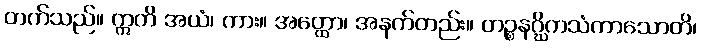
တက်သည်။ ဣတိ အယံ၊ ကား။ အတ္ထော၊ အနက်တည်း။ တဉ္စနဂ္ဃိကသံကာသောတိ၊